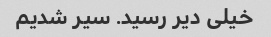
خیلی دیر رسید. سیر شدیم